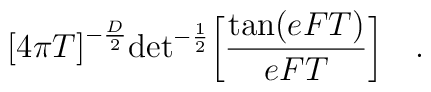
{\lbrack 4\pi T\rbrack}^{-{D\over 2}}{\rm det}^{-{1\over 2}}\biggl[{{\rm tan}(eFT)\over eFT}\biggr]\quad .\\